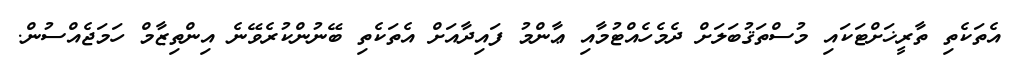
އެތަކެތި ތާރީޚަށްޓަކައި މުސްތަޤުބަލަށް ދެމެހެއްޓުމާއި ޢާންމު ފައިދާއަށް އެތަކެތި ބޭނުންކުރެވޭނެ އިންތިޒާމް ހަމަޖެއްސުން.